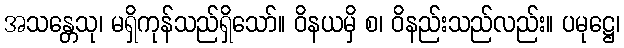
အသန္တေသု၊ မရှိကုန်သည်ရှိသော်။ ဝိနယမှိ စ၊ ဝိနည်းသည်လည်း။ ပမုဋ္ဌေ၊